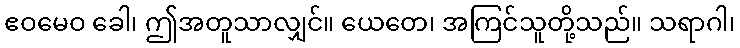
ဧဝမေဝ ခေါ၊ ဤအတူသာလျှင်။ ယေတေ၊ အကြင်သူတို့သည်။ သရာဂါ၊